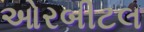
ઓરબીટલ